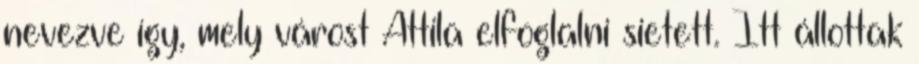
nevezve így, mely várost Attila elfoglalni sietett. Itt állottak